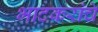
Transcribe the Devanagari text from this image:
भाटकरांचे